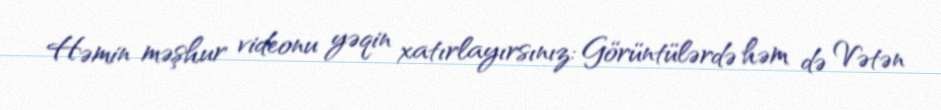
Həmin məşhur videonu yəqin xatırlayırsınız: Görüntülərdə həm də Vətən